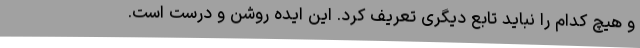
و هیچ کدام را نباید تابع دیگری تعریف کرد. این ایده روشن و درست است.